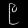
Digit: ၉